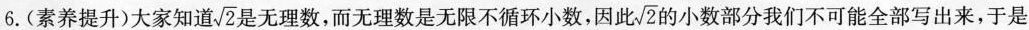
6.(素养提升)大家知道 $$\sqrt { 2 }$$ 是无理数，而无理数是无限不循环小数，因此 $$\sqrt { 2 }$$ 的小数部分我们不可能全部写出来，于是